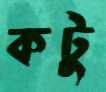
কটু